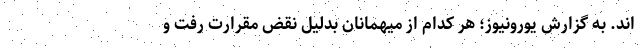
اند. به گزارش یورونیوز؛ هر کدام از میهمانان بدلیل نقض مقرارت رفت و